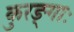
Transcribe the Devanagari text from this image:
कुरङ्गाः